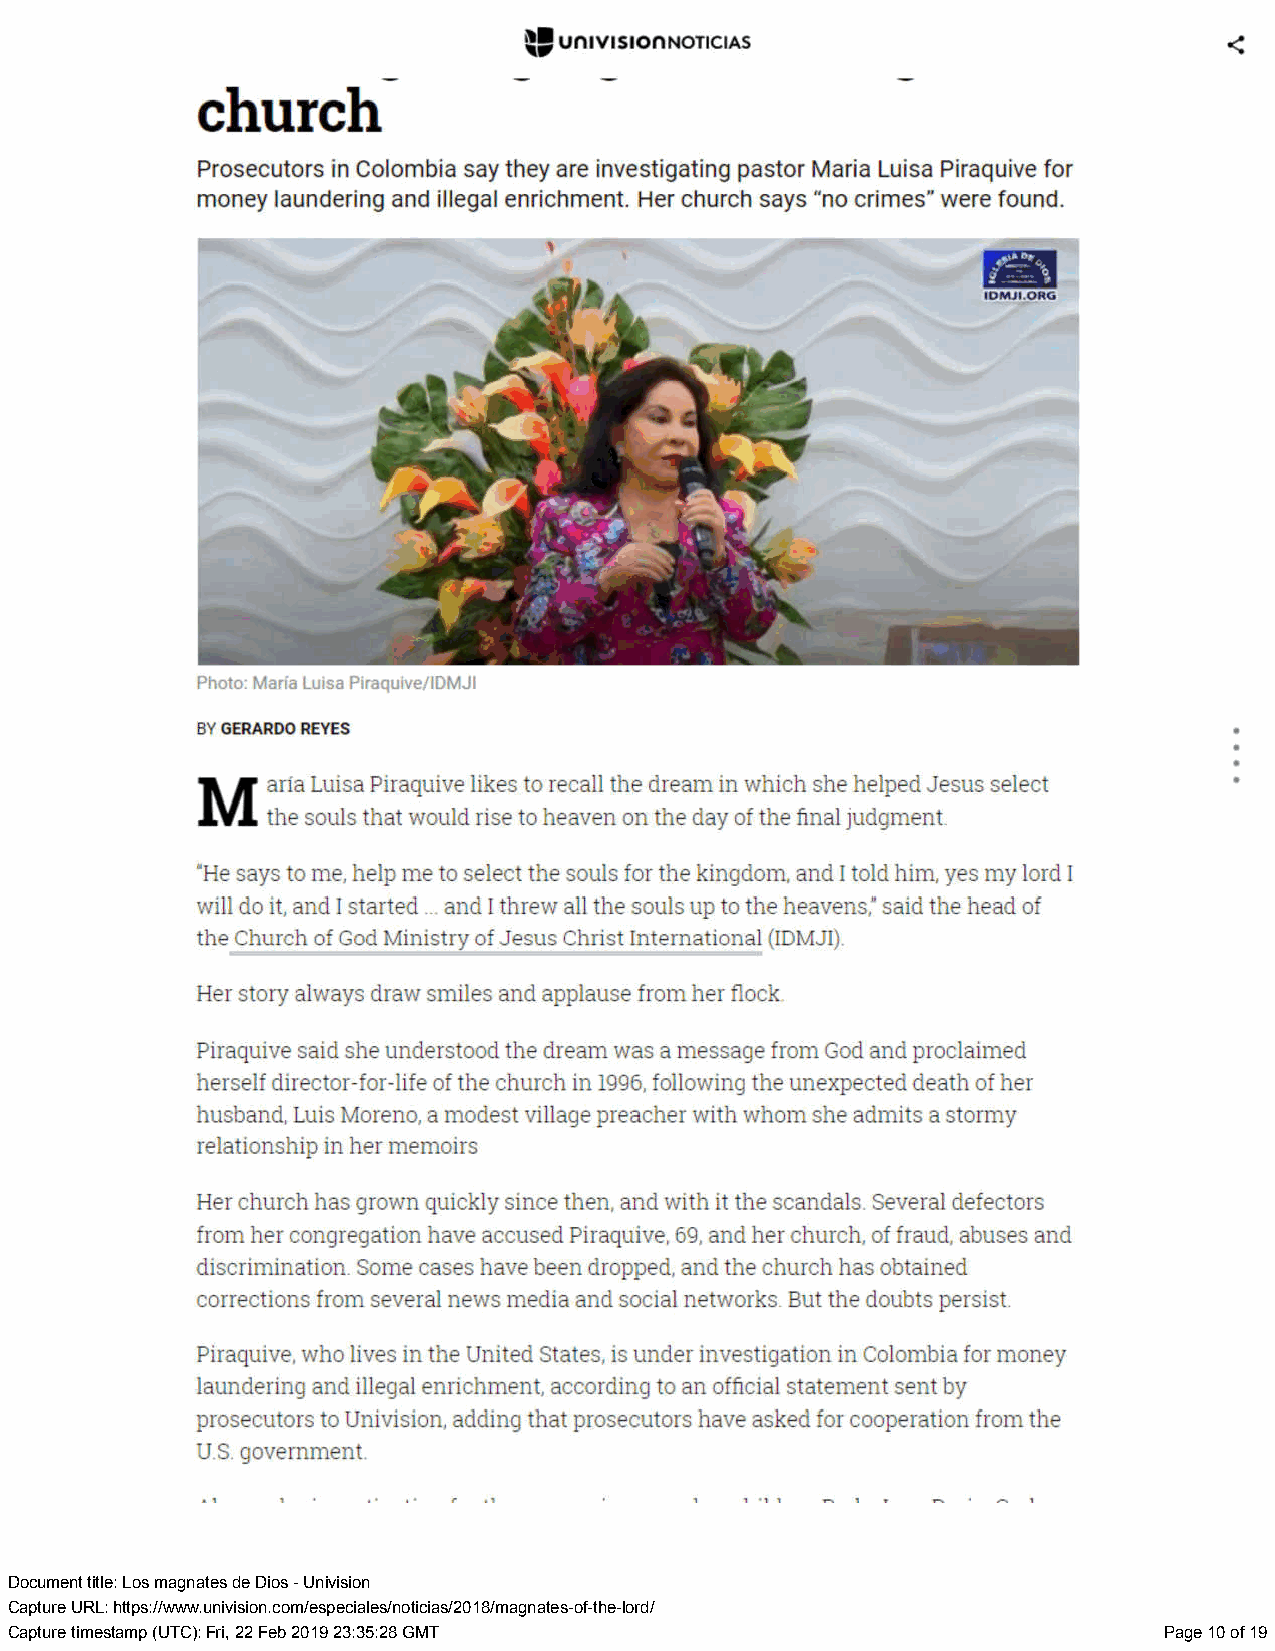
Document title: Los magnates de Dios - Univision
 Capture URL: https://www.univision.com/especiales/noticias/2018/magnates-of-the-lord/
 Capture timestamp (UTC): Fri, 22 Feb 2019 23:35:28 GMT                       Page 10 of 19